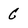
Character: C